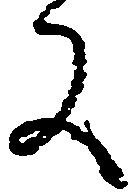
又